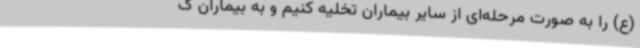
(ع) را به صورت مرحله‌ای از سایر بیماران تخلیه کنیم و به بیماران ک